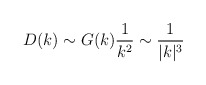
\begin{align*}D(k)\sim G(k) {1\over k^{2}} \sim {1\over |k|^3}\end{align*}